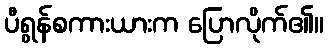
ပီရွန်စကားယားက ပြောလိုက်၏။